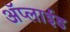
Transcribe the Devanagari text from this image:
ॲप्लाईड